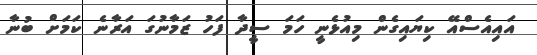
އައިއެސްއޭ ކިޔައިގެން މިއުޅެނީ ހަމަ ސީދާ ފަހު ޒަމާނުގަ އަރާނެ ކަމަށް ބުނާ